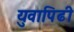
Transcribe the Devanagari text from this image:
युवापिढी